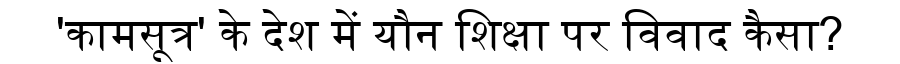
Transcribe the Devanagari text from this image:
'कामसूत्र' के देश में यौन शिक्षा पर विवाद कैसा?